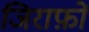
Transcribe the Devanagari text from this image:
जिराफ़ों